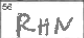
Transcription: RHN